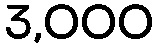
3,000